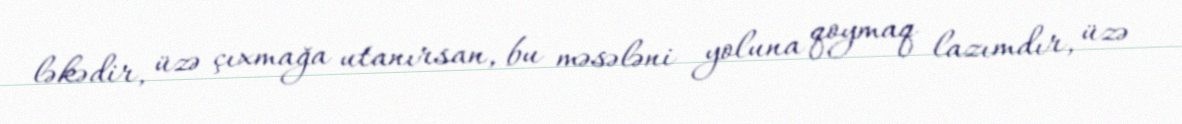
ləkədir, üzə çıxmağa utanırsan, bu məsələni yoluna qoymaq lazımdır, üzə